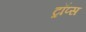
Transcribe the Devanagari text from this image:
ट्रॉप्स